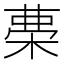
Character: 𣓝